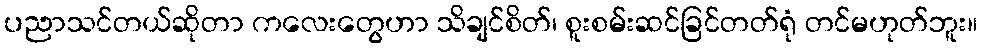
ပညာသင်တယ်ဆိုတာ ကလေးတွေဟာ သိချင်စိတ်၊ စူးစမ်းဆင်ခြင်တတ်ရုံ တင်မဟုတ်ဘူး။